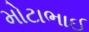
મોટાભાઈ